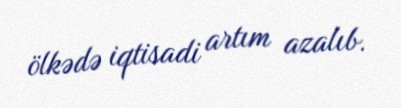
ölkədə iqtisadi artım azalıb.